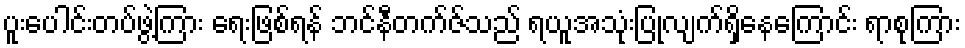
ပူးပေါင်းတပ်ဖွဲ့ကြား ရေးဖြစ်ရန် ဘင်နီတက်ဇ်သည် ရယူအသုံးပြုလျက်ရှိနေကြောင်း ရာစုကြား